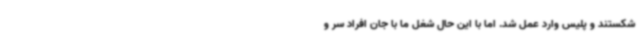
شکستند و پلیس وارد عمل شد. اما با این حال شغل ما با جان افراد سر و